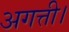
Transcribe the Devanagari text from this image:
अगत्ती।